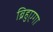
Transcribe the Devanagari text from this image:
ब्रिहुएगा